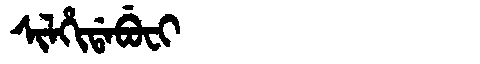
Manchu: ᠰᡳᠯᡥᡳᡩᠠᠪᡠᠸᡳ
Romanization: SILHIDABUFI